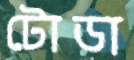
টোডা